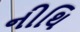
નીથિ